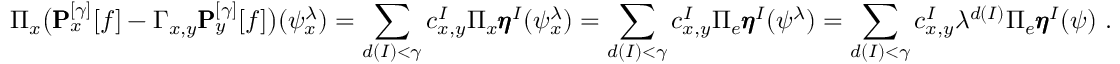
\Pi _ { x } \big ( \pmb { \operatorname { { P } } } _ { x } ^ { [ \gamma ] } [ f ] - \Gamma _ { x , y } \pmb { \operatorname { { P } } } _ { y } ^ { [ \gamma ] } [ f ] \big ) ( \psi _ { x } ^ { \lambda } ) = \sum _ { d ( I ) < \gamma } c _ { x , y } ^ { I } \Pi _ { x } \pmb { \eta } ^ { I } ( \psi _ { x } ^ { \lambda } ) = \sum _ { d ( I ) < \gamma } c _ { x , y } ^ { I } \Pi _ { e } \pmb { \eta } ^ { I } ( \psi ^ { \lambda } ) = \sum _ { d ( I ) < \gamma } c _ { x , y } ^ { I } \lambda ^ { d ( I ) } \Pi _ { e } \pmb { \eta } ^ { I } ( \psi ) \ .